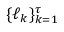
\{ \ell _ { k } \} _ { k = 1 } ^ { \tau }